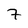
Character: 7